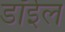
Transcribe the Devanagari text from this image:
डॉईल